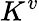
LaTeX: K^{v}